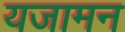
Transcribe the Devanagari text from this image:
यजामन